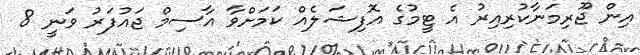
އިން ޖޫރިމަނާކުރިއިރު އެ ޓީމުގެ އޮފިޝަލެއް ކަމަށްވާ އާސިމް ޖައުފަރު ވަނީ 8